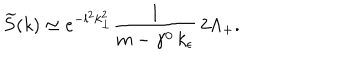
\widetilde { S } ( k ) \simeq e ^ { - l ^ { 2 } k _ { \perp } ^ { 2 } } \frac { 1 } { m - \gamma ^ { 0 } \, k _ { \epsilon } } \, 2 \Lambda _ { + } .